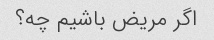
اگر مریض باشیم چه؟